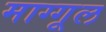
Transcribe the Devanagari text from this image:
माग्गूल